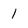
Character: 1